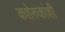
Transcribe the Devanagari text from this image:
कशेरुकांशी